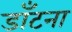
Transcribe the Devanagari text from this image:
डाँटना